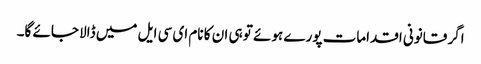
اگر قانونی اقدامات پورے ہوئے تو ہی ان کا نام ای سی ایل میں ڈالا جائے گا۔